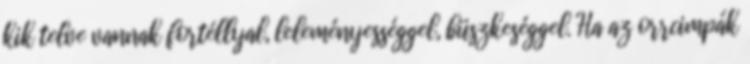
kik telve vannak fortéllyal, leleményességgel, büszkeséggel. Ha az orrcimpák